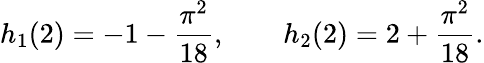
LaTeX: h_{1}(2)=-1-{\frac{\pi^{2}}{18}},\qquad h_{2}(2)=2+{\frac{\pi^{2}}{18}}.